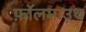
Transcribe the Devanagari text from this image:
फ़ॉलमाउथ